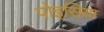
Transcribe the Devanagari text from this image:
पोइसिया